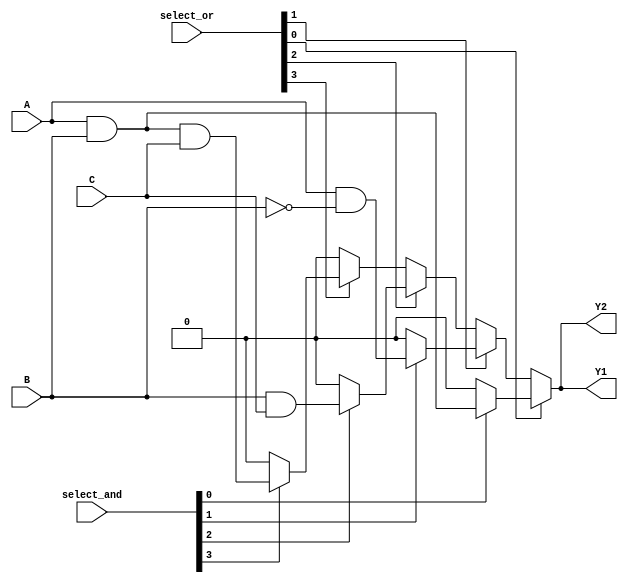
module PLA (
    input wire A,      // Input A
    input wire B,      // Input B
    input wire C,      // Input C
    input wire [3:0] select_and, // Select lines for AND array
    input wire [3:0] select_or,  // Select lines for OR array
    output wire Y1,    // Output Y1
    output wire Y2     // Output Y2
);

// Programmable AND array
wire p0, p1, p2, p3; // Product terms

// AND gates based on select lines
assign p0 = (select_and[0]) ? (A & B) : 1'b0; // A AND B
assign p1 = (select_and[1]) ? (A & ~B) : 1'b0; // A AND NOT B
assign p2 = (select_and[2]) ? (B & C) : 1'b0; // B AND C
assign p3 = (select_and[3]) ? (A & B & C) : 1'b0; // A AND B AND C

// Programmable OR array
assign Y1 = (select_or[0]) ? p0 : 1'b0 |
            (select_or[1]) ? p1 : 1'b0 |
            (select_or[2]) ? p2 : 1'b0 |
            (select_or[3]) ? p3 : 1'b0;

assign Y2 = (select_or[0]) ? p0 : 1'b0 |
            (select_or[1]) ? p1 : 1'b0 |
            (select_or[2]) ? p2 : 1'b0 |
            (select_or[3]) ? p3 : 1'b0;

endmodule